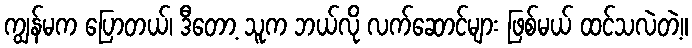
ကျွန်မက ပြောတယ်၊ ဒီတော့ သူက ဘယ်လို လက်ဆောင်များ ဖြစ်မယ် ထင်သလဲတဲ့။